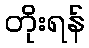
တိုးရန်